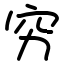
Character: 穷